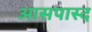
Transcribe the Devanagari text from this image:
आसपास्द